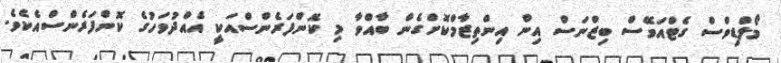
މޯލްޑިވްސް ގެޓްއަވޭސް ބިޒްނަސް އިން އިންތިޒާމްކޮށްގެން ބާއްވާ މި ކޮންފަރެންސްއަކީ އެއްދުވަހުގެ ކޮންފަރެންސްއެކެވެ.